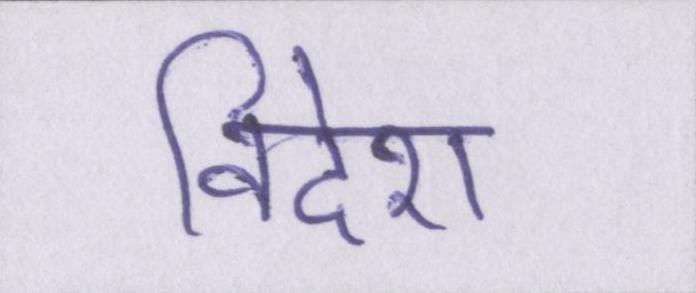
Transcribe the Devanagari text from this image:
विदेश